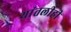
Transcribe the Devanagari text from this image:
यांतलीही